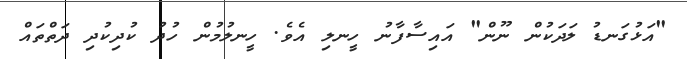
"އަޅުގަނޑު ލަދަކުން ނޫން" އައިސާފާނު ހީނލި އެވެ. ހީނލުމުން ހުދު ކުދިކުދި ދަތްތައް